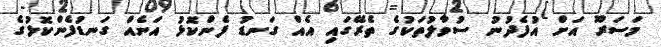
މަސަރޫ އަށް އުފެދުނު ސުވާލުތަކުގެ ތެރޭގައި އެއް ގަނޑު ފެންކޮޅު އަނެއް ގަނޑުފެންކޮޅުގެ